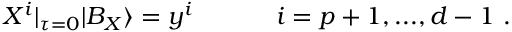
X ^ { i } | _ { \tau = 0 } | B _ { X } \rangle = y ^ { i } ~ ~ ~ ~ ~ ~ ~ ~ ~ ~ i = p + 1 , . . . , d - 1 ~ .